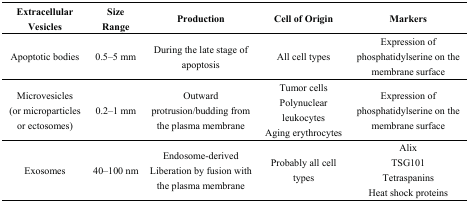
| Extracellular Vesicles | Size Range | Production | Cell of Origin | Markers |
 | --- | --- | --- | --- | --- |
 | Apoptotic bodies | 0.5–5 mm | During the late stage of apoptosis | All cell types | Expression of phosphatidylserine on the membrane surface |
 | Microvesicles (or microparticles or ectosomes) | 0.2–1 mm | Outward protrusion/budding from the plasma membrane | Tumor cells Polynuclear leukocytes Aging erythrocytes | Expression of phosphatidylserine on the membrane surface |
 | Exosomes | 40–100 nm | Endosome-derived Liberation by fusion with the plasma membrane | Probably all cell types | Alix TSG101 Tetraspanins Heat shock proteins |